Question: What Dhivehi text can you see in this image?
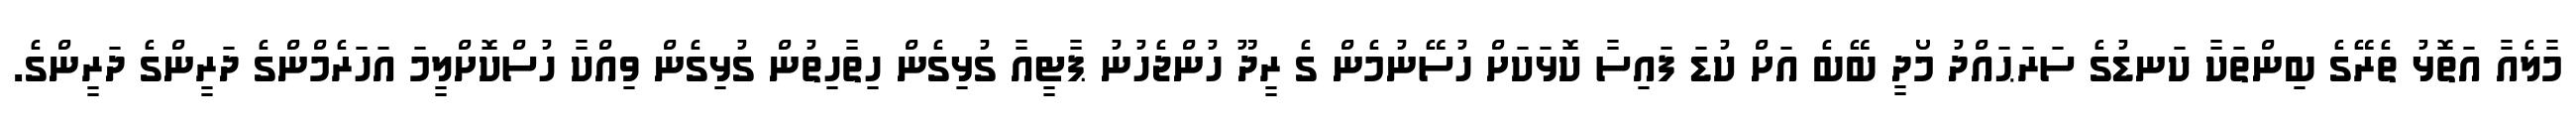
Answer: މާލެއާ އަތޮޅު ތެރޭގެ ބިންތަކާ ކަނޑުގެ ސަރަޙައްދު މޯދީ ބޭބެ އަށް ކުޑަ ފައިސާ ކޮޅަކަށް ހުސޭނުމެން ގެ ރީދޫ ހުންޖެހުނު ޕާޓީއާ ގުޅިގެން ހިތާހިތުން ގުޅިގެން ވިއްކާ ހުސްކޮށްލީމަ އަހަރެމްންގެ ދަރީންގެ ދަރީންގެ.